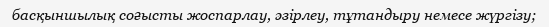
басқыншылық соғысты жоспарлау, әзірлеу, тұтандыру немесе жүргізу;